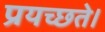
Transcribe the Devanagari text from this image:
प्रयच्छते।